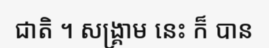
ជាតិ ។ សង្គ្រាម នេះ ក៏ បាន